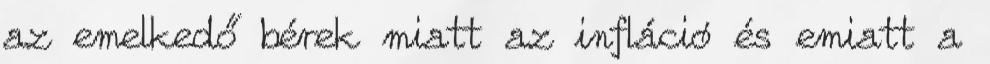
az emelkedő bérek miatt az infláció és emiatt a